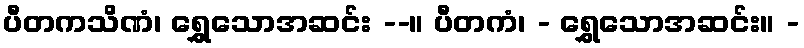
ပီတကသိဏံ၊ ရွှေသောအဆင်း --။ ပီတကံ၊ - ရွှေသောအဆင်း။ -